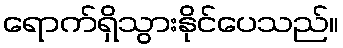
ရောက်ရှိသွားနိုင်ပေသည်။